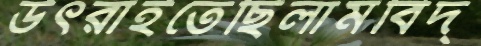
উৎরাইতেছিলামবিদ্